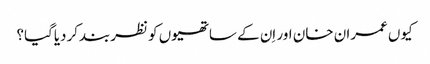
کیوں عمران خان اور اِن کے ساتھیوں کو نظربندکردیاگیا؟